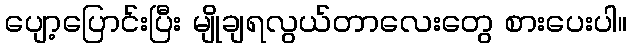
ပျော့ပြောင်းပြီး မျိုချရလွယ်တာလေးတွေ စားပေးပါ။